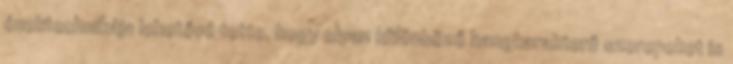
énektechnikája lehetővé tette, hogy olyan különböző hangkarakterű szerepeket is